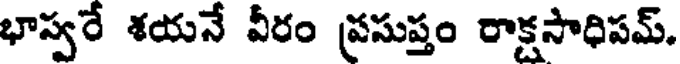
భాస్వరే శయనే వీరం ప్రసుప్తం రాక్షసాధిపమ్.